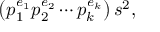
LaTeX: \left( p _ { 1 } ^ { e _ { 1 } } p _ { 2 } ^ { e _ { 2 } } \cdots p _ { k } ^ { e _ { k } } \right) s ^ { 2 } ,